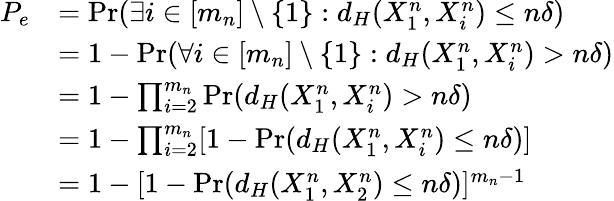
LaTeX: \begin{array}{rl}{P_{e}}&{=\operatorname*{Pr}(\exists i\in[m_{n}]\setminus\{ 1\} :d_{H}(X_{1}^{n},X_{i}^{n})\le n\delta)}\\ &{=1-\operatorname*{Pr}(\forall i\in[m_{n}]\setminus\{ 1\} :d_{H}(X_{1}^{n},X_{i}^{n})>n\delta)}\\ &{=1-\prod_{i=2}^{m_{n}}\operatorname*{Pr}(d_{H}(X_{1}^{n},X_{i}^{n})>n\delta)}\\ &{=1-\prod_{i=2}^{m_{n}}[1-\operatorname*{Pr}(d_{H}(X_{1}^{n},X_{i}^{n})\le n\delta)]}\\ &{=1-[1-\operatorname*{Pr}(d_{H}(X_{1}^{n},X_{2}^{n})\le n\delta)]^{m_{n}-1}}\end{array}